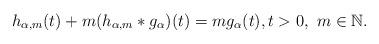
LaTeX: \begin{align*}h_{\alpha,m}(t) + m(h_{\alpha,m}*g_{\alpha})(t) = mg_{\alpha}(t), t > 0,\,\,m\in\mathbb{N}.\end{align*}